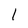
Character: 1